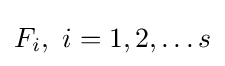
F_{i},\ i=1,2,\dots s